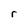
Character: r